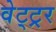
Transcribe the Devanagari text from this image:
वेट्ट्रर